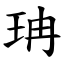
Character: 珃